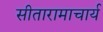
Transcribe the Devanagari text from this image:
सीतारामाचार्य